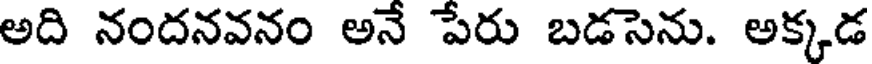
అది నందనవనం అనే పేరు బడసెను. అక్కడ